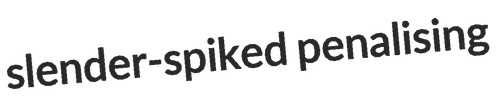
slender-spiked penalising